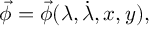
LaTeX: \vec { \phi } = \vec { \phi } ( \lambda , \dot { \lambda } , x , y ) ,